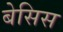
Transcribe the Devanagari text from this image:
बेसिस